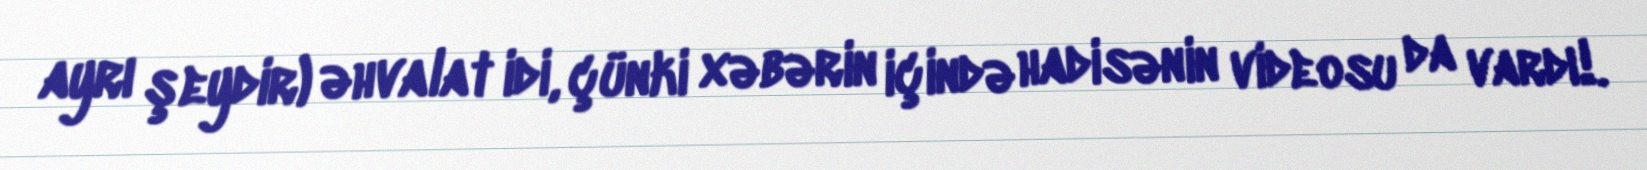
ayrı şeydir) əhvalat idi, çünki xəbərin içində hadisənin videosu da vardı!.